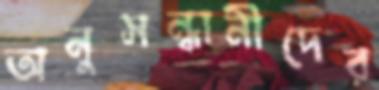
অনুসন্ধানীদের